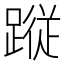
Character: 𮜀